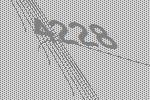
4228